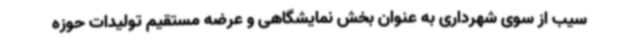
سیب از سوی شهرداری به عنوان بخش نمایشگاهی و عرضه مستقیم تولیدات حوزه